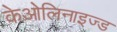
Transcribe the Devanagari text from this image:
केओलिनाइज्ड